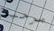
مرحبا